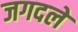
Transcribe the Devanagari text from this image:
जगदले